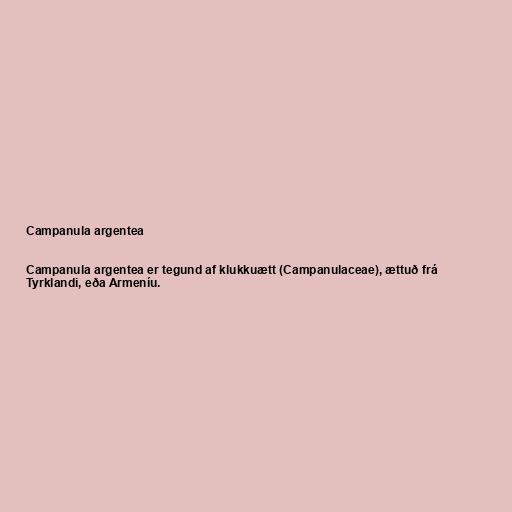
Campanula argentea

Campanula argentea er tegund af klukkuætt (Campanulaceae), ættuð frá
Tyrklandi, eða Armeníu.